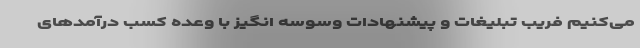
می‌کنیم فریب تبلیغات و پیشنهادات وسوسه انگیز با وعده کسب درآمدهای